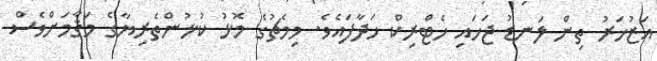
އަޒުހަރު ތިން ލަނޑު ޖަހައި ހެޓްރިކް ހަދާފައެވެ. މިމެޗުގެ މޮޅު ކުޅުންތެރިޔާގެ މަޤާމަށްވެސް